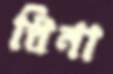
ধিনা